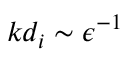
k d _ { i } \sim \epsilon ^ { - 1 }